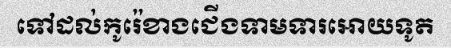
ទៅដល់កូរ៉េខាងជើងទាមទារអោយទូត